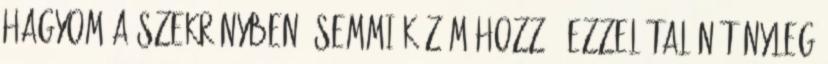
hagyom a szekrényben, semmi közöm hozzá. Ezzel talán tényleg